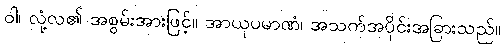
ဝါ၊ လုံ့လ၏ အစွမ်းအားဖြင့်။ အာယုပမာဏံ၊ အသက်အပိုင်းအခြားသည်။